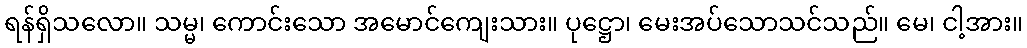
ရန်ရှိသလော။ သမ္မ၊ ကောင်းသော အမောင်ကျေးသား။ ပုဋ္ဌော၊ မေးအပ်သောသင်သည်။ မေ၊ ငါ့အား။